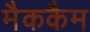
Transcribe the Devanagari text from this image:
मैककैम